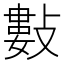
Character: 𢿘